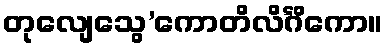
တုလျေသွေ’ကောတိလိင်္ဂိကော။